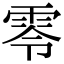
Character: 零